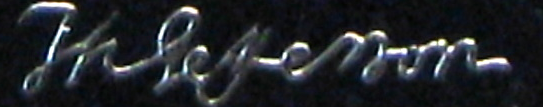
jhleyenm